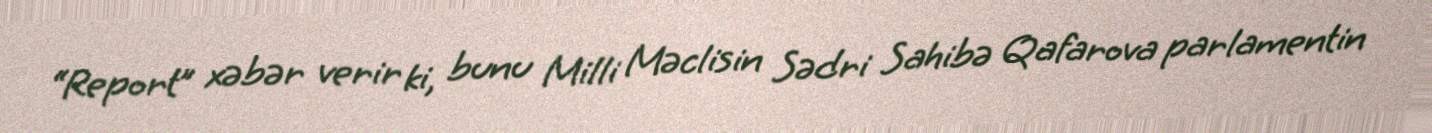
“Report” xəbər verir ki, bunu Milli Məclisin Sədri Sahibə Qafarova parlamentin